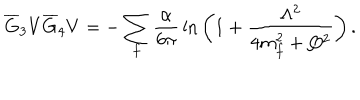
LaTeX: \overline { { G } } _ { 3 } V \overline { { G } } _ { 4 } V = - \sum _ { f } { \frac { \alpha } { 6 \pi } } \ln { \bigg ( 1 + { \frac { \Lambda ^ { 2 } } { 4 m _ { f } ^ { 2 } + Q ^ { 2 } } } \bigg ) } \, .